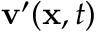
\mathbf { v } ^ { \prime } ( \mathbf { x } , t )